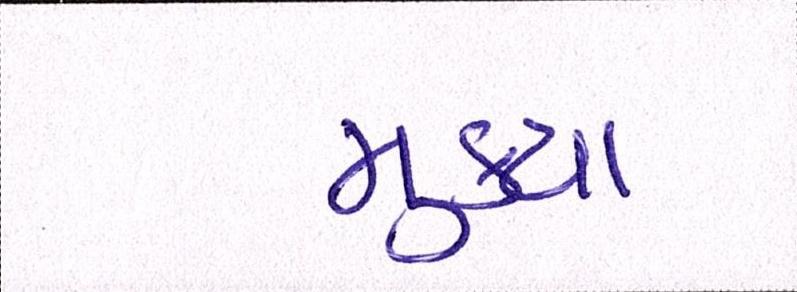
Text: મુકયા